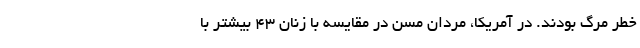
خطر مرگ بودند. در آمریکا، مردان مسن در مقایسه با زنان ۴۳ بیشتر با